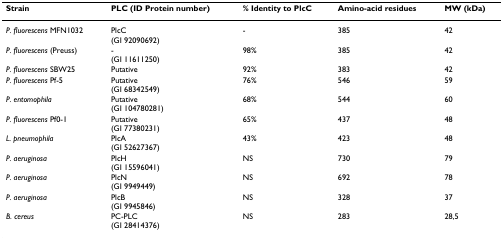
<table><thead><tr><td><b>Strain</b></td><td><b>PLC (ID Protein number)</b></td><td><b>% Identity to PlcC</b></td><td><b>Amino-acid residues</b></td><td><b>MW (kDa)</b></td></tr></thead><tbody><tr><td><i>P. fluorescens </i>MFN1032</td><td>PlcC(GI 92090692)</td><td>-</td><td>385</td><td>42</td></tr><tr><td><i>P. fluorescens </i>(Preuss)</td><td>-(GI 11611250)</td><td>98%</td><td>385</td><td>42</td></tr><tr><td><i>P. fluorescens </i>SBW25</td><td>Putative</td><td>92%</td><td>383</td><td>42</td></tr><tr><td><i>P. fluorescens </i>Pf-5</td><td>Putative(GI 68342549)</td><td>76%</td><td>546</td><td>59</td></tr><tr><td><i>P. entomophila</i></td><td>Putative(GI 104780281)</td><td>68%</td><td>544</td><td>60</td></tr><tr><td><i>P. fluorescens </i>Pf0-1</td><td>Putative(GI 77380231)</td><td>65%</td><td>437</td><td>48</td></tr><tr><td><i>L. pneumophila</i></td><td>PlcA(GI 52627367)</td><td>43%</td><td>423</td><td>48</td></tr><tr><td><i>P. aeruginosa</i></td><td>PlcH(GI 15596041)</td><td>NS</td><td>730</td><td>79</td></tr><tr><td><i>P. aeruginosa</i></td><td>PlcN(GI 9949449)</td><td>NS</td><td>692</td><td>78</td></tr><tr><td><i>P. aeruginosa</i></td><td>PlcB(GI 9945846)</td><td>NS</td><td>328</td><td>37</td></tr><tr><td><i>B. cereus</i></td><td>PC-PLC(GI 28414376)</td><td>NS</td><td>283</td><td>28,5</td></tr></tbody></table>